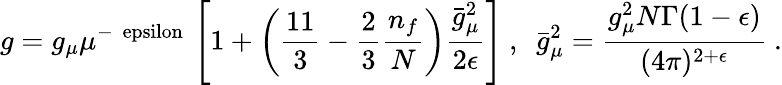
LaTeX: g=g_{\mu}\mu^{-\mathrm{\normalsize~\ epsilon~}}\left[1+\left(\frac{11}3-\frac 23\frac{n_{f}}N\right)\frac{\bar{g}_{\mu}^{2}}{2\epsilon}\right]~,\, \, \, \bar{g}_{\mu}^{2}=\frac{g_{\mu}^{2}N\Gamma(1-\epsilon)}{(4\pi)^{2+{\epsilon}}}~.